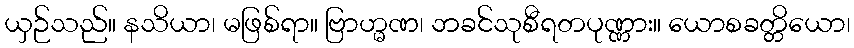
ယှဉ်သည်။ နသိယာ၊ မဖြစ်ရာ။ ဗြာဟ္မဏ၊ ဘခင်သုစီရတပုဏ္ဏား။ ယောစခတ္တိယော၊